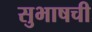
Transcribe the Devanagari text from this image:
सुभाषची